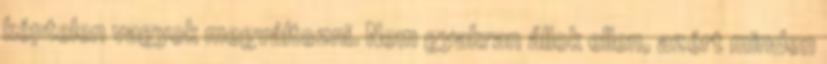
képtelen vagyok megváltozni. Nem gyakran állok ellen, azért minden